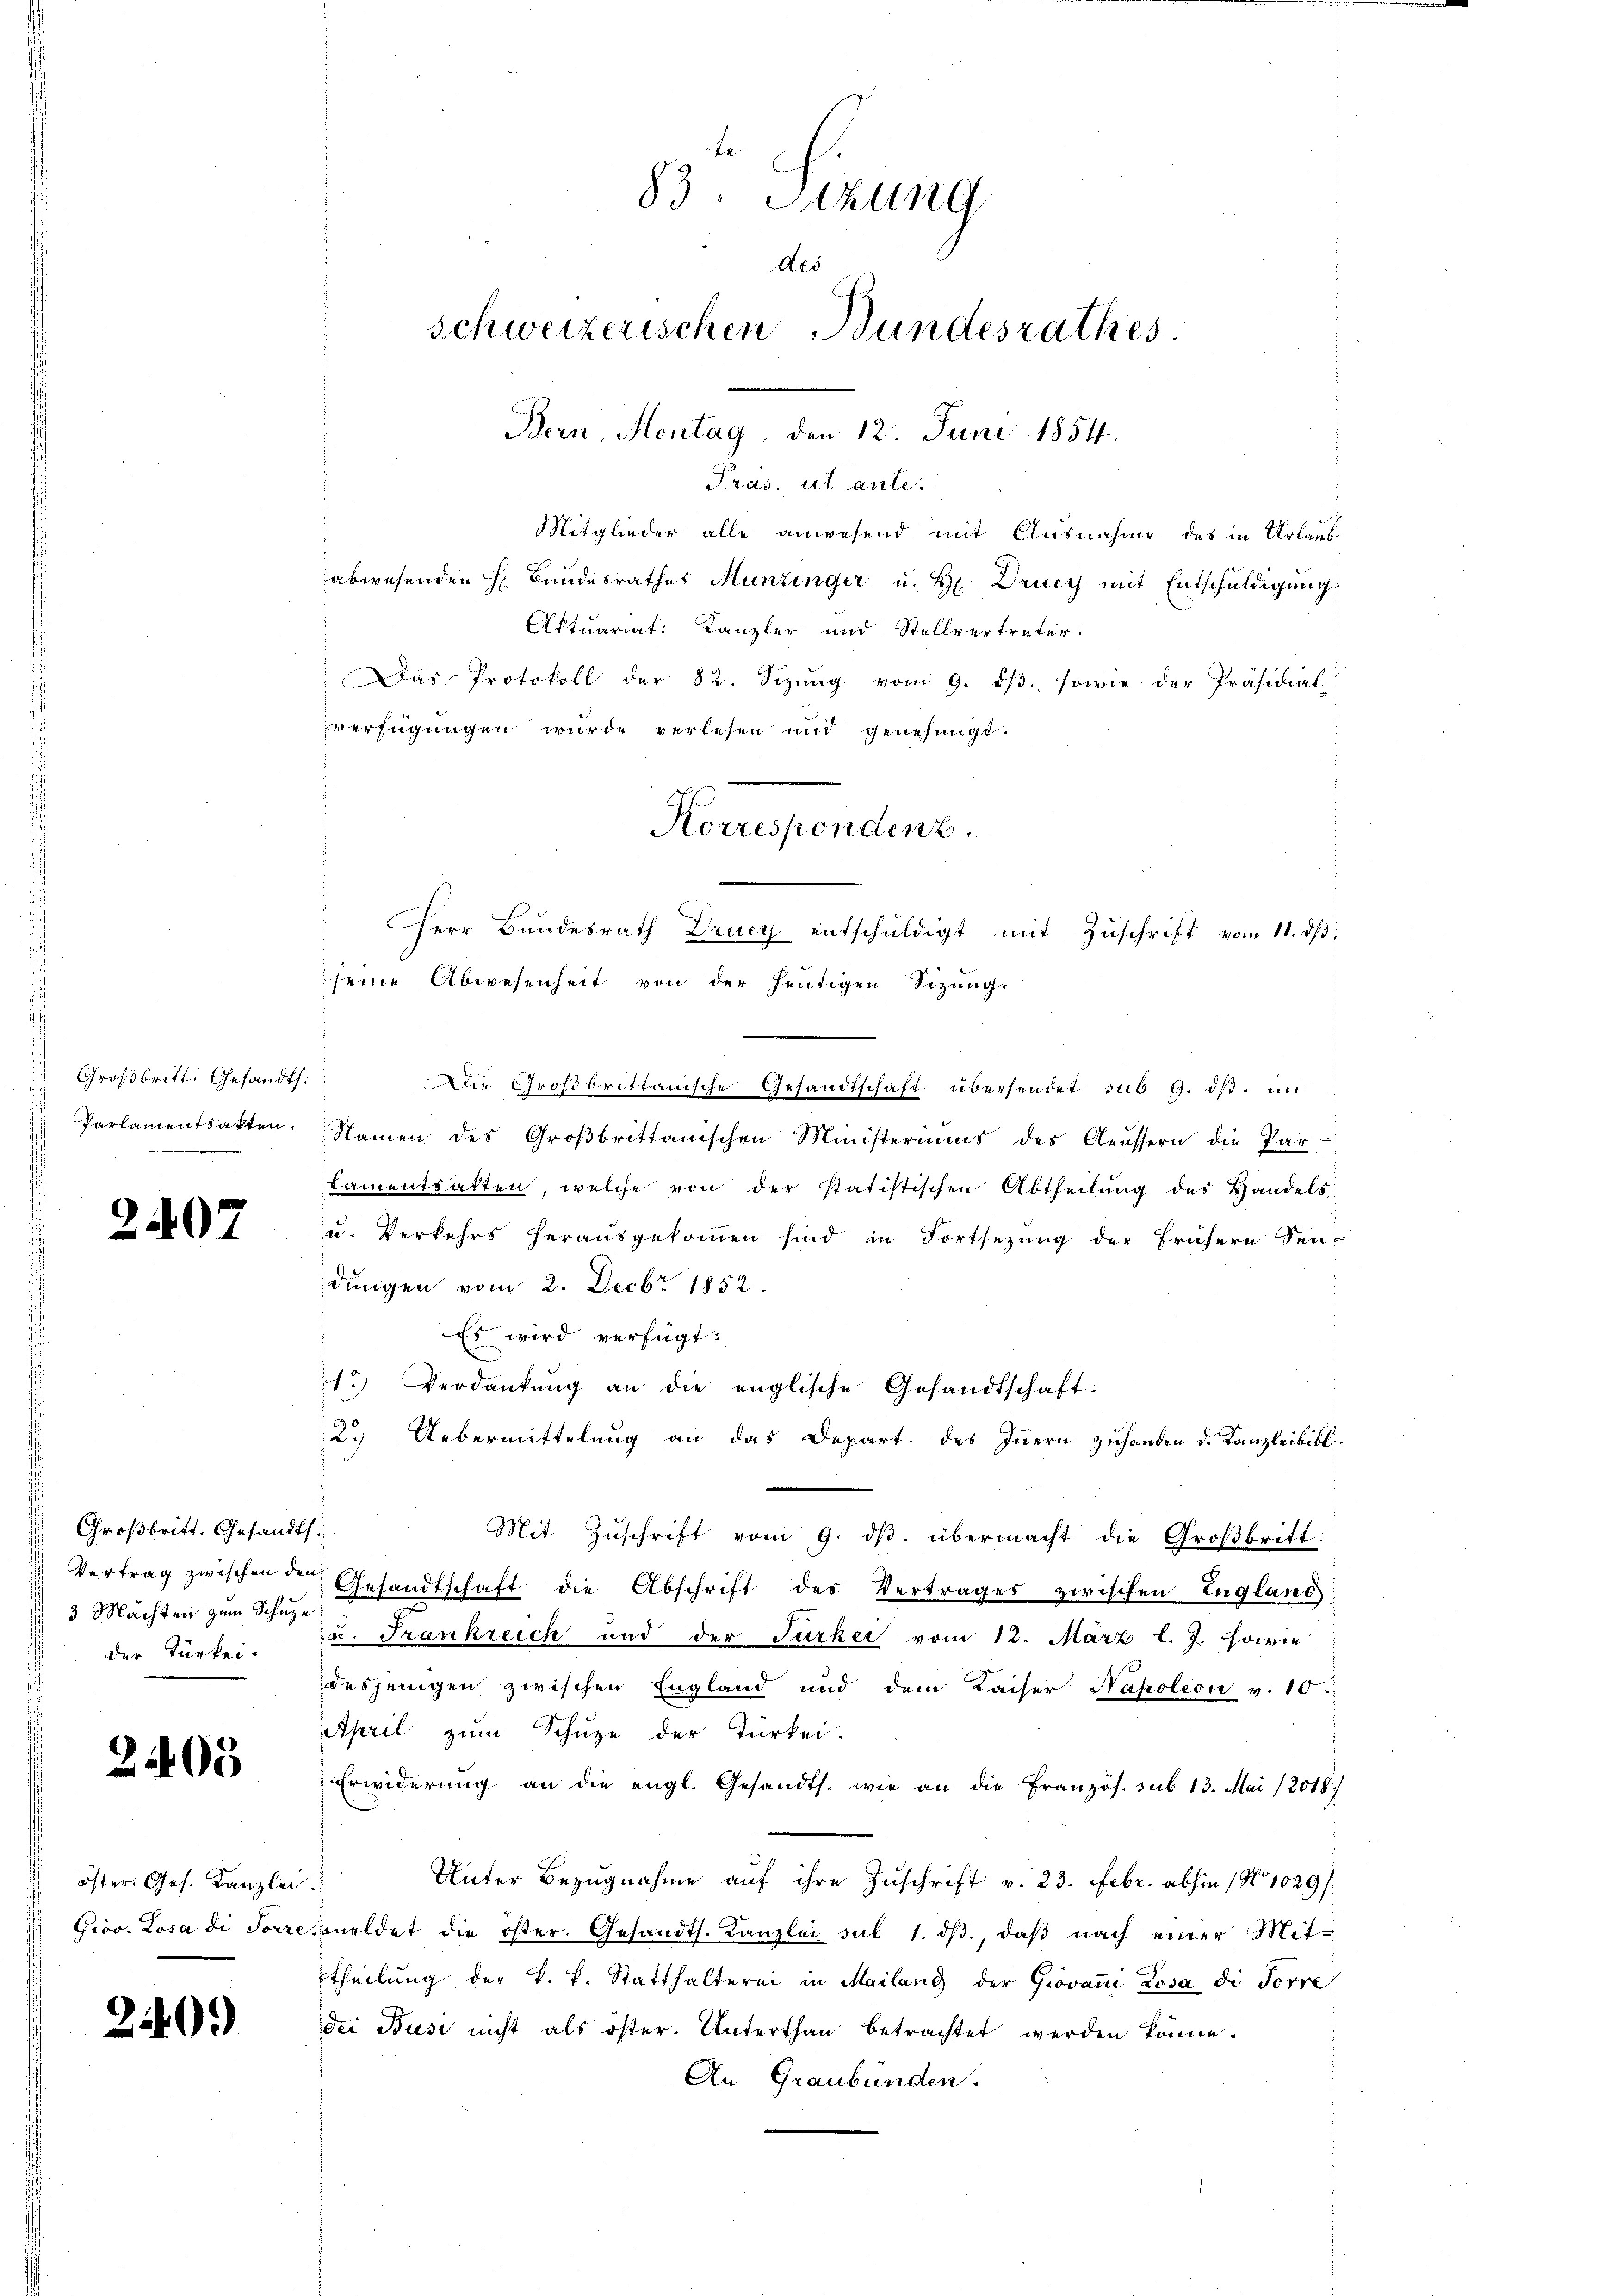
Großbritt: Gesandt.

307

Großbritt. Gesandts
3 Mächten zum Schüze
der Türkei.

2405

öster. Ges. Kanzlei.

n

)

Mitglieder alle anwesend mit Ausnahme des in Urlaub
abwesenden H. Bundesrathes Munzinger u. H. Drucy mit Entschuldigung
Aktuariat: Kanzler und Stellvertreter:
Die Großbrittanische Gesandtschaft übersendet sub 9. ds. in
Parlamentsakten. Namen des Groβbrittanischen Ministeriums des Aeussern die Par-
Lamentsatten, welche von der statistischen Abtheilung des Handels
u. Verkehrs herausgekommen sind in Fortsezung der frühern Sendungen vom 2. Decbr 1852.
Es wird verfügt:
1.) Verdankŭng an die englische Gesandtschaft.
2.) Uebermittelung an das Depart. des Innern zuhanden d. Kanzleibibl.
Mit Zŭschrift vom 9. dβ übermacht die Großbritt:
Vertrag zwischen den Gesandtschaft die Abschrift des Vertrages zwischen England
u. Frankreich und der Türker vom 12. März l. J. sowie
desjenigen zwischen England und dem Kaiser Napoleon v. 10.
April zum Schuze der Türkei-
Erwiderung an die engl. Gesandts. wie an die Französ. sub 13. Mai (2018.)
Unter Bezugnahme auf ihre Zuschrift v. 23. Febr. abhin 181029/
Gico. Losa di Sorrcioneldet die öster. Gesandts. Kanzlei sub 1. dβ, daß nach einer Mit-
theilung der k. k. Statthalterei in Mailang der Giovani Losa di Forre
dei Bus nicht als öster. Unterthan betrachtet werden könne.
An Graubünden.

83. Sizung
des
Schweizerischen Bundesrathes
Bern, Montag, den 12. Juni 1854.
Pras, ut ante.

Das Protokoll der 82. Sizŭng vom 9. dβ. sowie der Präsidial-
verfügungen wurde verlesen und genehmigt.
Korrespondenz.
Herr Bundesrath Drucy entschŭldigt mit Zŭschrift vom 11. dβ.
seine Abwesenheit von der heutigen Sizung.